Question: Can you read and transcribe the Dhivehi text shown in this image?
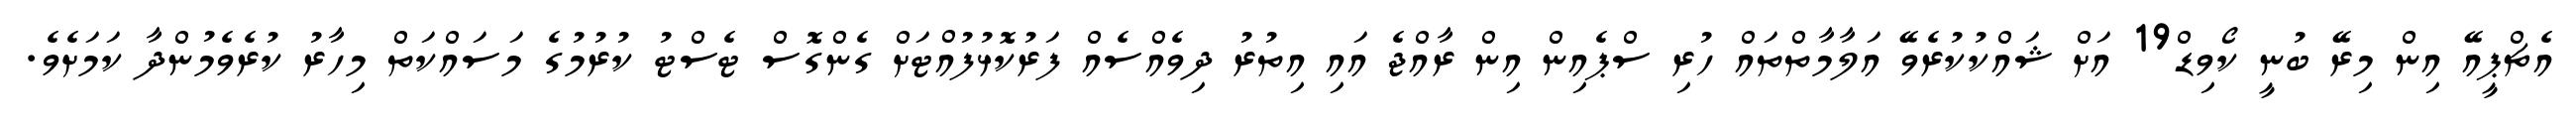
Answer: އެޗްޕީއޭ އިން މިރޭ ބުނީ ކޯވިޑް19 އަށް ޝައްކުކުރެވޭ އަލާމާތްތައް ހުރި ސްޕެއިން އިން ރާއްޖެ އައި އިތުރު ދިވެއްސެއް ފަރުކޮޅުފުއްޓަށް ގެންގޮސް ޓެސްޓު ކުރުމުގެ މަސައްކަތް މިހާރު ކުރެވެމުންދާ ކަމަށެވެ.